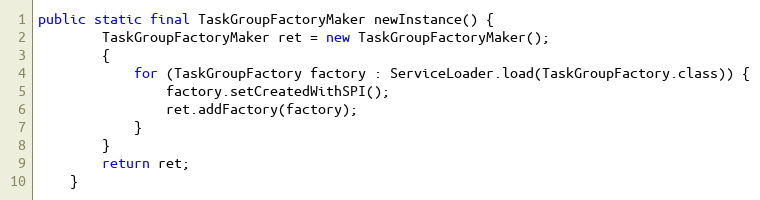
Language: Java
public static final TaskGroupFactoryMaker newInstance() {
		TaskGroupFactoryMaker ret = new TaskGroupFactoryMaker();
		{
            for (TaskGroupFactory factory : ServiceLoader.load(TaskGroupFactory.class)) {
                factory.setCreatedWithSPI();
                ret.addFactory(factory);
            }
		}
		return ret;
	}